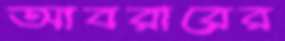
আবরারের